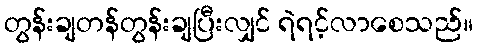
တွန်းချတန်တွန်းချပြီးလျှင် ရဲရင့်လာစေသည်။